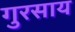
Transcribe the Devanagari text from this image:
गुरसाय